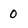
Character: 0